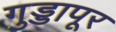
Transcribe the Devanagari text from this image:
गुड्डापूर